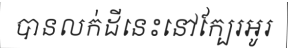
បានលក់ដីនេះនៅក្បែរអូរ